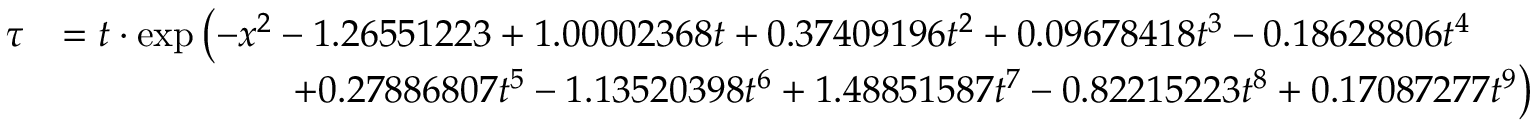
{ \begin{array} { r l } { \tau } & { = t \cdot \exp \left( - x ^ { 2 } - 1 . 2 6 5 5 1 2 2 3 + 1 . 0 0 0 0 2 3 6 8 t + 0 . 3 7 4 0 9 1 9 6 t ^ { 2 } + 0 . 0 9 6 7 8 4 1 8 t ^ { 3 } - 0 . 1 8 6 2 8 8 0 6 t ^ { 4 } \right. } \\ & { \left. \qquad \qquad \qquad + 0 . 2 7 8 8 6 8 0 7 t ^ { 5 } - 1 . 1 3 5 2 0 3 9 8 t ^ { 6 } + 1 . 4 8 8 5 1 5 8 7 t ^ { 7 } - 0 . 8 2 2 1 5 2 2 3 t ^ { 8 } + 0 . 1 7 0 8 7 2 7 7 t ^ { 9 } \right) } \end{array} }